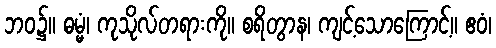
ဘဝ၌။ ဓမ္မံ၊ ကုသိုလ်တရားကို။ စရိတွာန၊ ကျင့်သောကြောင့်။ ဧဝံ၊